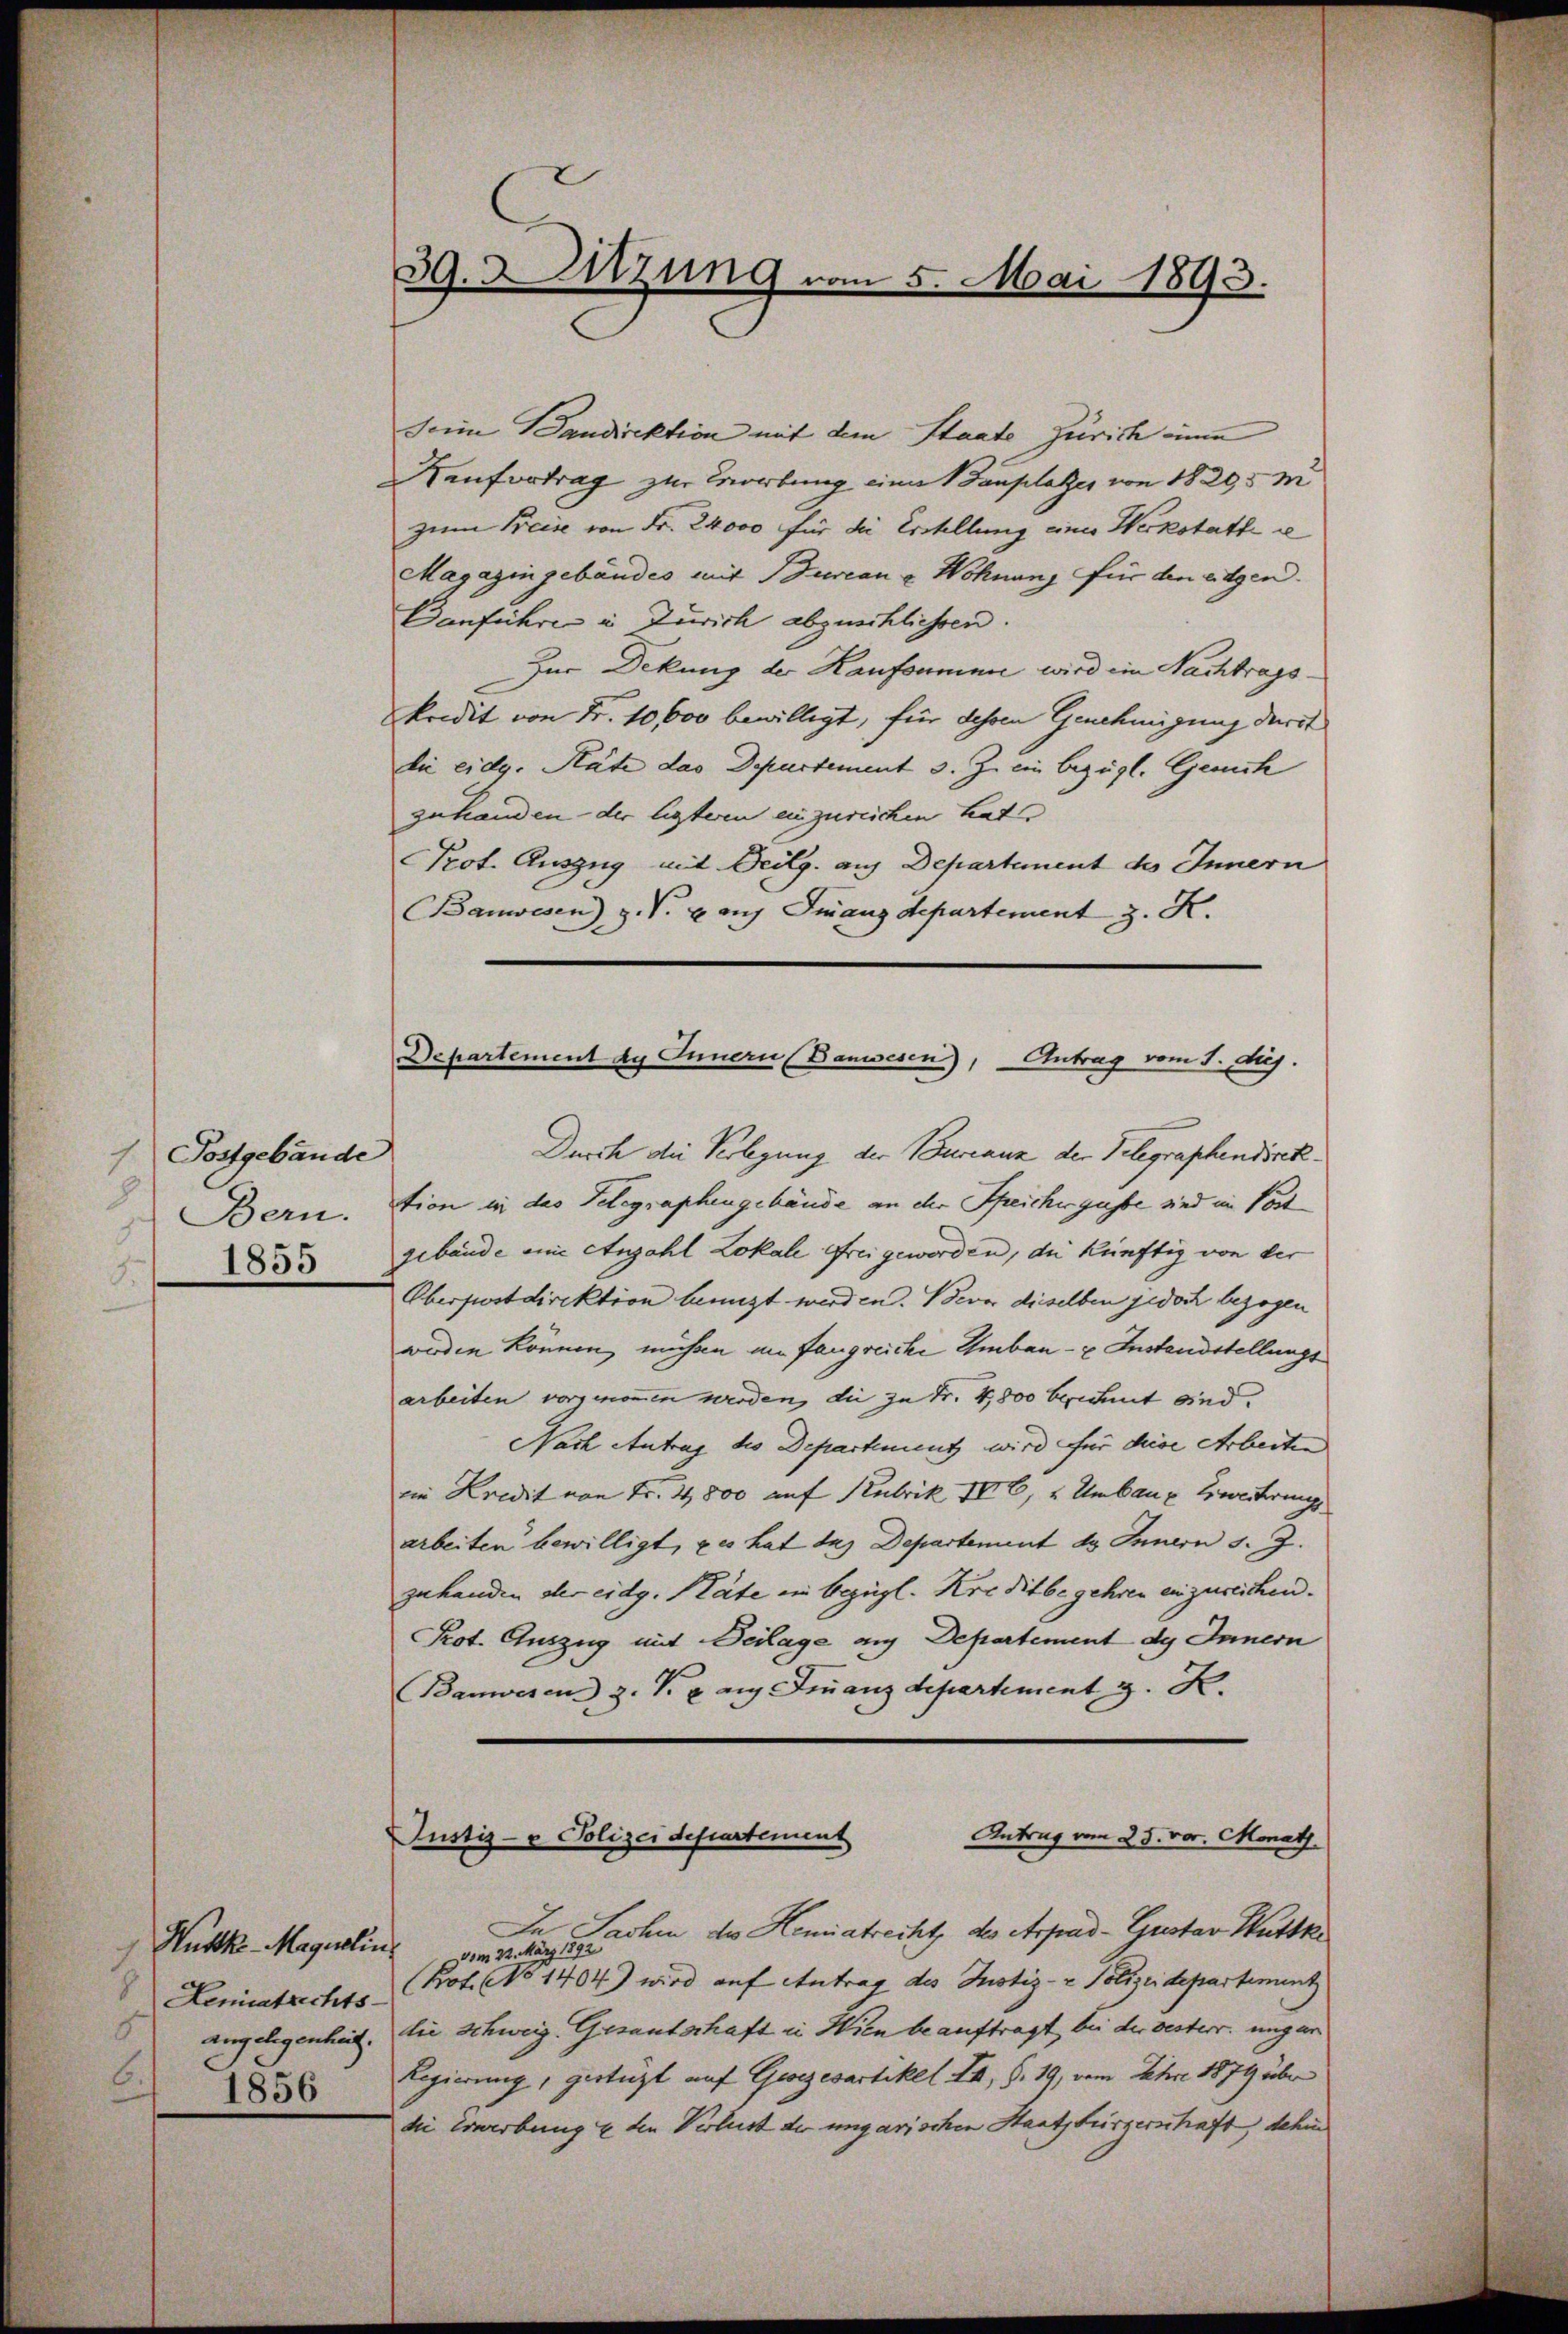
(Postgebäude
8
Bern.
9.
1855
8.

Husk-Magudlin.
7
8
Leniatrechts-
8
angelegenheit
6.
1856

39. Sitzung vom 5. Mai 1893.

Seine andirektion mit dem Staate Zürich einen
Kaufvertrag zur Wortung eine Bauplatzes von 18295 m
zum Preise von Fr. 24000 für die Erstellung eines Werkstatte e
Magazingebäudes mit Burcan & Wohnung für den eigen.
Danführe in Zürich abzuschliessen.
Zur Deckung der Kaufsumme wird ein Nachtragskredit von Fr. 10,000 bewilligt, für dessen Genehmigung darit
die eidg. Räte das Departement 3. Zu ein bezügl. Gesuch
zuhanden der ligteren einzureichen hat,
Prot. Auszug mit Beilg. auf Departement des Innern
Banwesen) z. B. Lauf Finanzdepartement z. R.

Departement ds Innern (Banwesen), Antrag vom 1. duj.

Durch die Verlegung der Bureaun der Telegraphendirektion in das Telegraphengebäude an die Speichergusse sind im Post
gebäude eine Anzahl Lokale Frei geworden, die künftig von der
Oberpostdirektion benuzt werden. Bevor dieselben jedoch bezogen
werden können, mühen am fangreiche Umbau- u. Instandstellungs
arbeiten vorgenommen werden, die zu Fr. 4,800 beident sind.
Nach Antrag des Departementz wird für diese Arbeiten
im Kredit von Fr. 4800 auf Neubrik III 6, u. Umbaue Erweiterung
arbeiten bewilligt, es hat das Departement ds Innern s. Z.
zuhanden der eidg. Räte ein bezügl. Kreditbegehren einzureichen.
Prot. Auszug mit Beilage aus Departement des Innern
Banwesen z. B. u. auf Finanzdepartement z. K.
Antrag vom 25. vor. Monath.
Justiz- & Polizei departement
In Sachen des Hemiatrecht des Arpad- Gustav Huttke
vom 22. März 1892
(Pot. No 1404) wird auf Antrag des Justiz- & Polizeidepartement
die schweiz. Gesantschaft in Wien beauftragt, bei der besterr. ungar
Regierung, gestüzt auf Gesezesartikel II, S. 19, vom Ehre 1879 über
die Erwerbung & den Verlust der ungarischen Staatsbürgerschaft, dehin